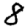
Digit: 8